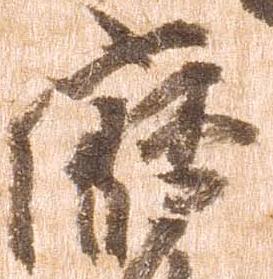
鹿